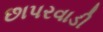
છાપરવાડી